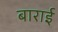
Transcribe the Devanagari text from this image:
बाराई